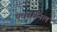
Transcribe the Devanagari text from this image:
एक्सर्शनल